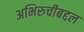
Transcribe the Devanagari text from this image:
अभिरुचीबद्दल